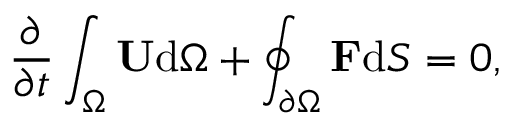
\frac { \partial } { \partial t } \int _ { \Omega } \mathbf { U } \mathrm { { d } } { \Omega } + \oint _ { \partial \Omega } { \mathbf { F } } \mathrm { { d } } S = 0 ,